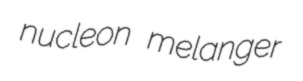
nucleon melanger